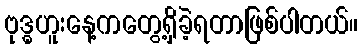
ဗုဒ္ဓဟူးနေ့ကတွေ့ရှိခဲ့ရတာဖြစ်ပါတယ်။